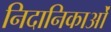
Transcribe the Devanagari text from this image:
निदानिकाओं